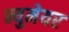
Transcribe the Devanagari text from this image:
न्युमेयर